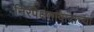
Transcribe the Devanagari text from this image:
निरपेक्षतावादाच्या